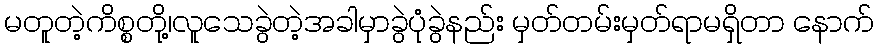
မတူတဲ့ကိစ္စတို့၊လူသေခွဲတဲ့အခါမှာခွဲပုံခွဲနည်း မှတ်တမ်းမှတ်ရာမရှိတာ နောက်